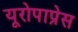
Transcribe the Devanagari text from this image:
यूरोपाप्रेस